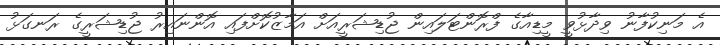
އެ މަނިކުފާނު ވިދާޅުވީ މީޑިއާގެ ފްރޮންޓަލައިން ޖުޑިޝަރީއަށް އަމާޒުކޮށްފައި އޮންނައިރު ޖުޑިޝަރީގެ ރަނގަޅު